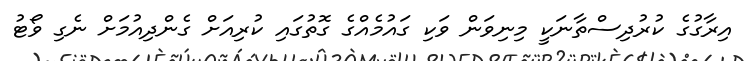
އިރާގުގެ ކުރުދިސްތާނަކީ މިނިވަން ވަކި ގައުމެއްގެ ގޮތުގައި ކުރިއަށް ގެންދިއުމަށް ނެގި ވޯޓު